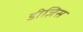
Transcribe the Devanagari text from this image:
डीज़िस